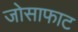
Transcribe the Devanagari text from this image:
जोसाफाट